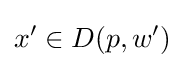
x'\in D(p,w')